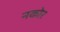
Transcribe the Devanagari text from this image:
नकोर